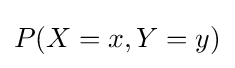
P(X=x,Y=y)